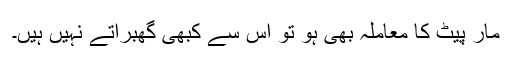
مار پیٹ کا معاملہ بھی ہو تو اس سے کبھی گھبراتے نہیں ہیں۔